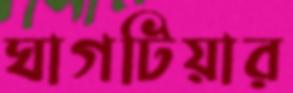
ঘাগটিয়ার